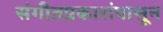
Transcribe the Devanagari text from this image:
संगीतप्रकारांपासून